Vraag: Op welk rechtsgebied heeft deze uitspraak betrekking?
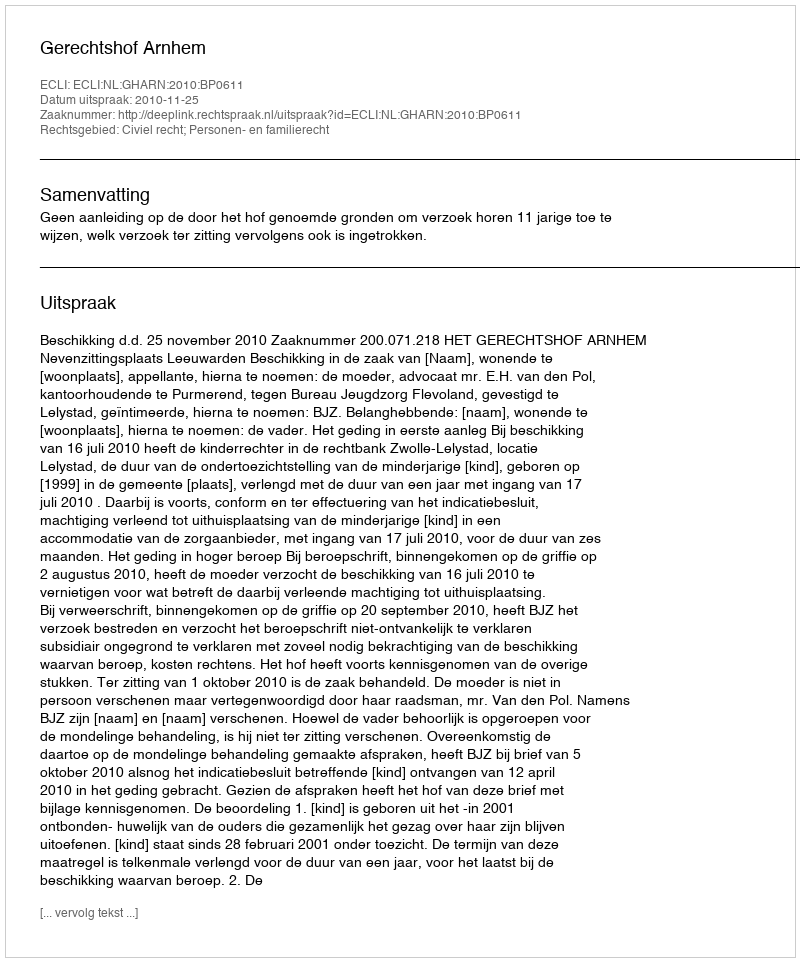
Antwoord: Civiel recht; Personen- en familierecht